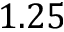
1 . 2 5